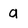
Character: a